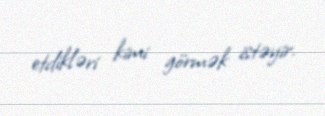
etdikləri kimi görmək istəyir.